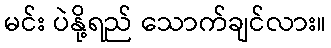
မင်း ပဲနို့ရည် သောက်ချင်လား။